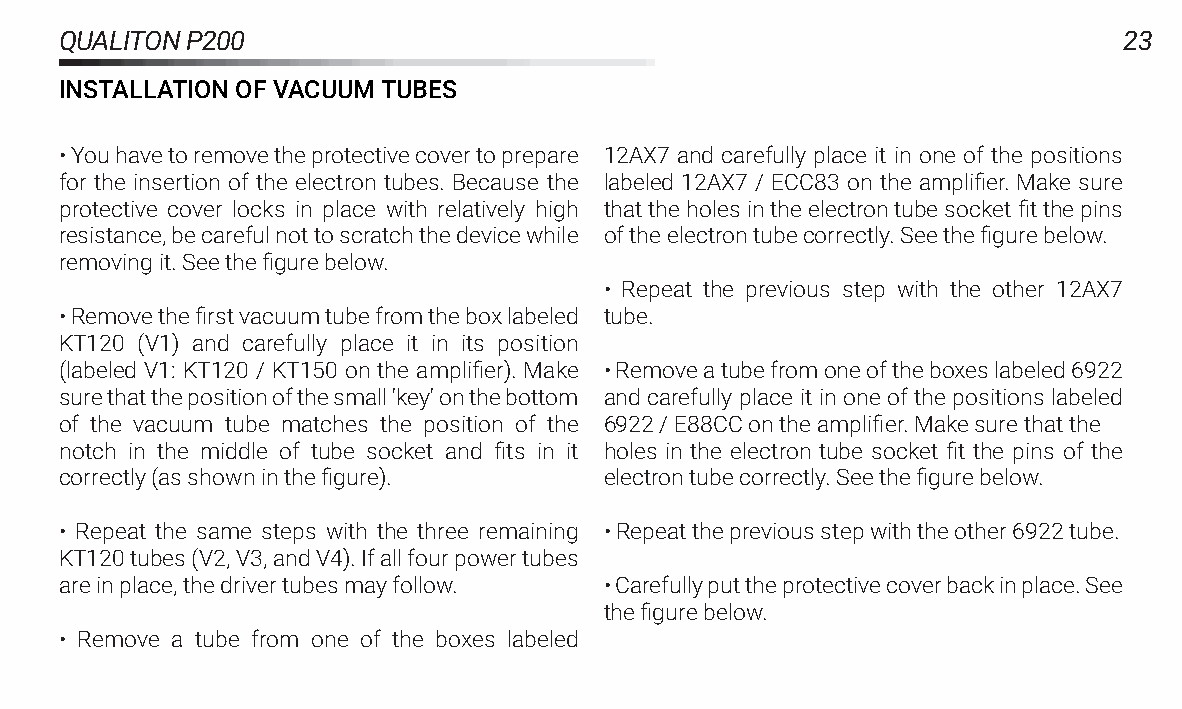
QUALITONP200                                                          23
 INSTALLATIONOFVACUUMTUBES
 •Youhavetoremovetheprotectivecovertoprepare 12AX7 and carefully place it in one of the positions
 for the insertion of the electron tubes. Because the labeled 12AX7 / ECC83 on the amplifier. Make sure
 protective cover locks in place with relatively high thattheholesintheelectrontubesocketfitthepins
 resistance,becarefulnottoscratchthedevicewhile oftheelectrontubecorrectly.Seethefigurebelow.
 removingit.Seethefigurebelow.
 • Repeat the previous step with the other 12AX7
 •Removethefirstvacuumtubefromtheboxlabeled tube.
 KT120 (V1) and carefully place it in its position
 (labeled V1: KT120 / KT150 on the amplifier). Make •Removeatubefromoneoftheboxeslabeled6922
 surethatthepositionofthesmall'key'onthebottom and carefully place it in one of the positions labeled
 of the vacuum tube matches the position of the 6922/E88CContheamplifier.Makesurethatthe
 notch in the middle of tube socket and fits in it holes in the electron tube socket fit the pins of the
 correctly(asshowninthefigure).      electrontubecorrectly.Seethefigurebelow.
 • Repeat the same steps with the three remaining •Repeatthepreviousstepwiththeother6922tube.
 KT120tubes(V2,V3,andV4).Ifallfourpowertubes
 areinplace,thedrivertubesmayfollow. •Carefullyputtheprotectivecoverbackinplace.See
 thefigurebelow.
 • Remove a tube from one of the boxes labeled